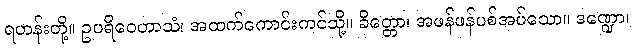
ရဟန်းတို့။ ဥပရိဝေဟာသံ၊ အထက်ကောင်းကင်သို့။ ခိတ္တော၊ အဖန်ဖန်ပစ်အပ်သော။ ဒဏ္ဍော၊